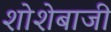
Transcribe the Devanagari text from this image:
शोशेबाजी